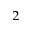
_ 2